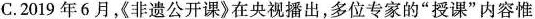
C.2019年6月，非遗公开课》在央视播出，多位专家的”授课”内容惟